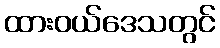
ထားဝယ်ဒေသတွင်